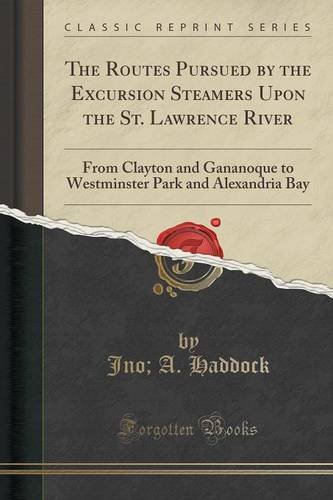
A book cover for The Routes Pursued by the Excursion Steamers Upon the St. Lawrence River: From Clayton and Gananoque to Westminster Park and Alexandria Bay (Classic Reprint); Jno; A. Haddock; History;